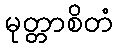
မုတ္တာစိတံ